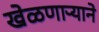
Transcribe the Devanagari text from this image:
खेळणाऱ्याने